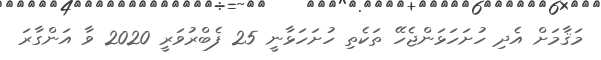
މަޤާމަށް އެދި ހުށަހަޅަންޖެހޭ ތަކެތި ހުށަހަޅާނީ 25 ފެބްރުވަރީ 2020 ވާ އަންގާރަ